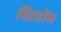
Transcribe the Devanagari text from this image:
छिद्रहीन